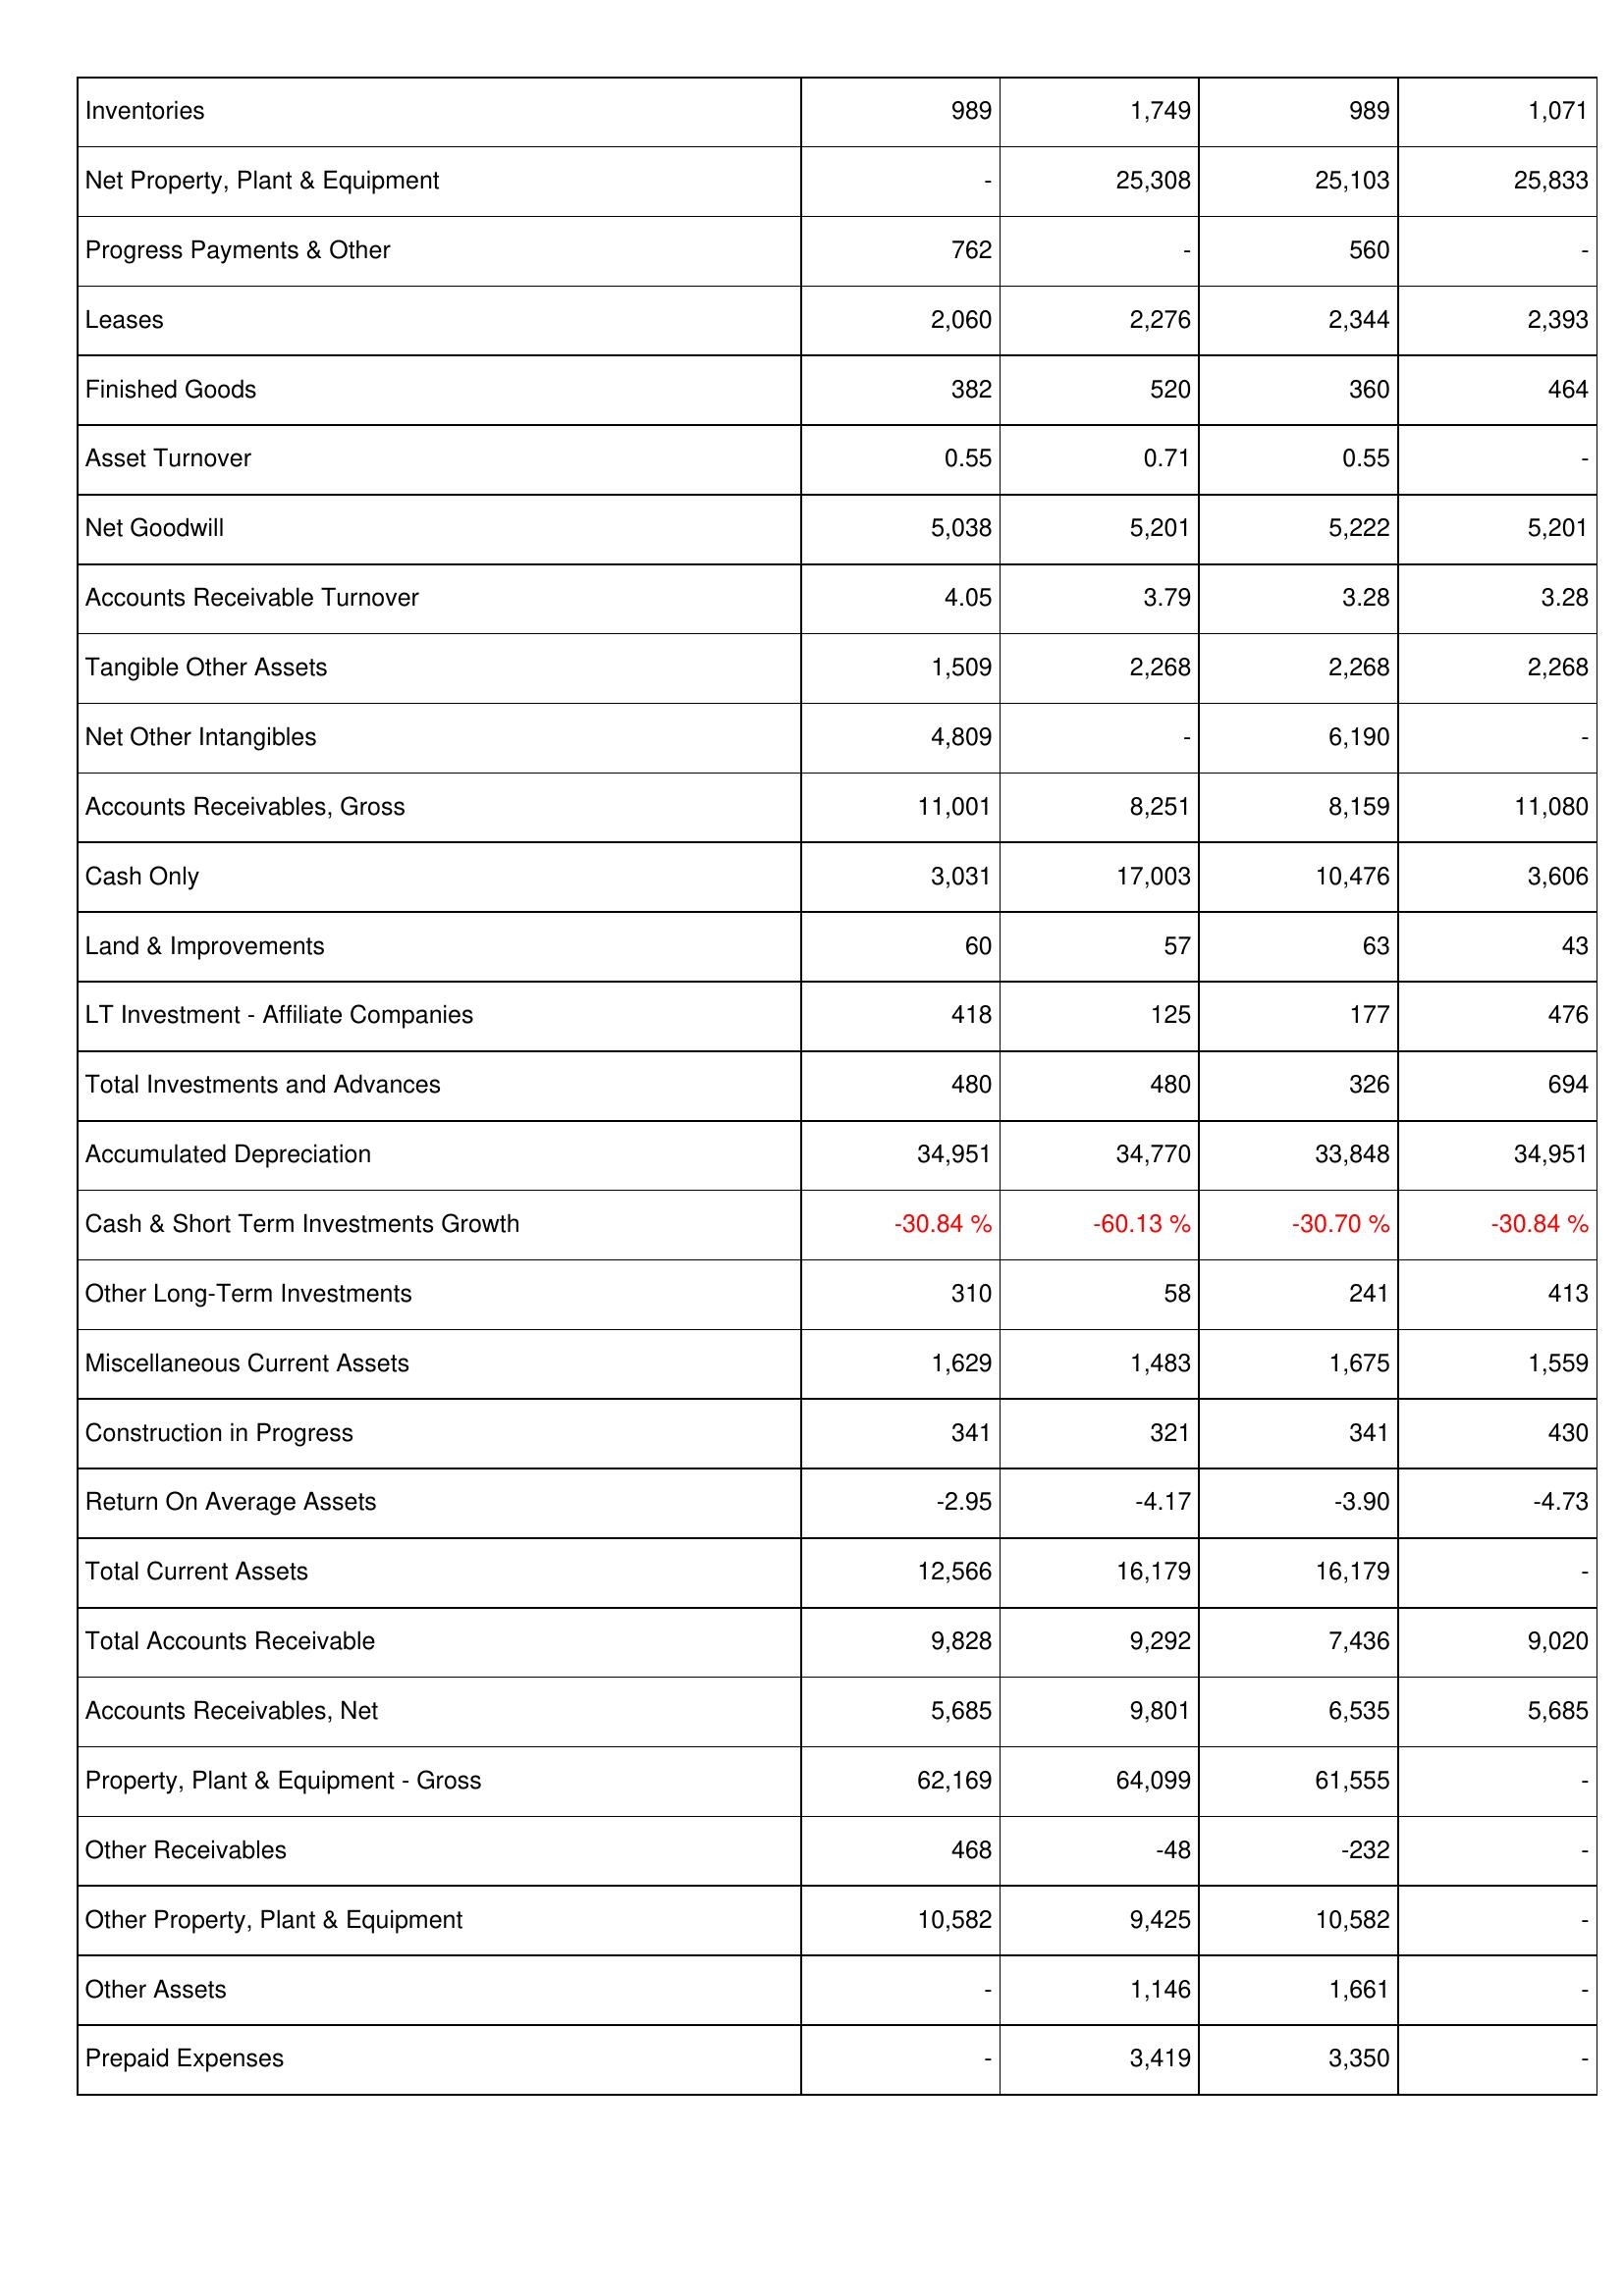
2020: Assets: Inventories: 989
Net Property, Plant & Equipment: -
Progress Payments & Other: 762
Leases: 2,060
Finished Goods: 382
Asset Turnover: 0.55
Net Goodwill: 5,038
Accounts Receivable Turnover: 4.05
Tangible Other Assets: 1,509
Net Other Intangibles: 4,809
Accounts Receivables, Gross: 11,001
Cash Only: 3,031
Land & Improvements: 60
LT Investment - Affiliate Companies: 418
Total Investments and Advances: 480
Accumulated Depreciation: 34,951
Cash & Short Term Investments Growth: -30.84 %
Other Long-Term Investments: 310
Miscellaneous Current Assets: 1,629
Construction in Progress: 341
Return On Average Assets: -2.95
Total Current Assets: 12,566
Total Accounts Receivable: 9,828
Accounts Receivables, Net: 5,685
Property, Plant & Equipment - Gross: 62,169
Other Receivables: 468
Other Property, Plant & Equipment: 10,582
Other Assets: -
Prepaid Expenses: -
2019: Assets: Inventories: 1,749
Net Property, Plant & Equipment: 25,308
Progress Payments & Other: -
Leases: 2,276
Finished Goods: 520
Asset Turnover: 0.71
Net Goodwill: 5,201
Accounts Receivable Turnover: 3.79
Tangible Other Assets: 2,268
Net Other Intangibles: -
Accounts Receivables, Gross: 8,251
Cash Only: 17,003
Land & Improvements: 57
LT Investment - Affiliate Companies: 125
Total Investments and Advances: 480
Accumulated Depreciation: 34,770
Cash & Short Term Investments Growth: -60.13 %
Other Long-Term Investments: 58
Miscellaneous Current Assets: 1,483
Construction in Progress: 321
Return On Average Assets: -4.17
Total Current Assets: 16,179
Total Accounts Receivable: 9,292
Accounts Receivables, Net: 9,801
Property, Plant & Equipment - Gross: 64,099
Other Receivables: -48
Other Property, Plant & Equipment: 9,425
Other Assets: 1,146
Prepaid Expenses: 3,419
2018: Assets: Inventories: 989
Net Property, Plant & Equipment: 25,103
Progress Payments & Other: 560
Leases: 2,344
Finished Goods: 360
Asset Turnover: 0.55
Net Goodwill: 5,222
Accounts Receivable Turnover: 3.28
Tangible Other Assets: 2,268
Net Other Intangibles: 6,190
Accounts Receivables, Gross: 8,159
Cash Only: 10,476
Land & Improvements: 63
LT Investment - Affiliate Companies: 177
Total Investments and Advances: 326
Accumulated Depreciation: 33,848
Cash & Short Term Investments Growth: -30.70 %
Other Long-Term Investments: 241
Miscellaneous Current Assets: 1,675
Construction in Progress: 341
Return On Average Assets: -3.90
Total Current Assets: 16,179
Total Accounts Receivable: 7,436
Accounts Receivables, Net: 6,535
Property, Plant & Equipment - Gross: 61,555
Other Receivables: -232
Other Property, Plant & Equipment: 10,582
Other Assets: 1,661
Prepaid Expenses: 3,350
2017: Assets: Inventories: 1,071
Net Property, Plant & Equipment: 25,833
Progress Payments & Other: -
Leases: 2,393
Finished Goods: 464
Asset Turnover: -
Net Goodwill: 5,201
Accounts Receivable Turnover: 3.28
Tangible Other Assets: 2,268
Net Other Intangibles: -
Accounts Receivables, Gross: 11,080
Cash Only: 3,606
Land & Improvements: 43
LT Investment - Affiliate Companies: 476
Total Investments and Advances: 694
Accumulated Depreciation: 34,951
Cash & Short Term Investments Growth: -30.84 %
Other Long-Term Investments: 413
Miscellaneous Current Assets: 1,559
Construction in Progress: 430
Return On Average Assets: -4.73
Total Current Assets: -
Total Accounts Receivable: 9,020
Accounts Receivables, Net: 5,685
Property, Plant & Equipment - Gross: -
Other Receivables: -
Other Property, Plant & Equipment: -
Other Assets: -
Prepaid Expenses: -